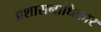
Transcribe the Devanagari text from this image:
प्रशासनाधिकार